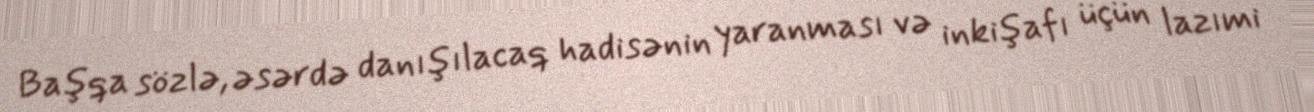
Başqa sözlə, əsərdə danışılacaq hadisənin yaranması və inkişafı üçün lazımi